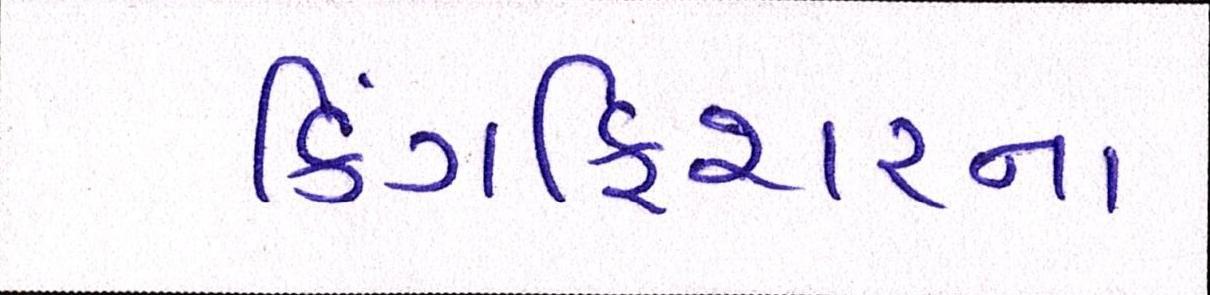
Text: કિંગફિશરના